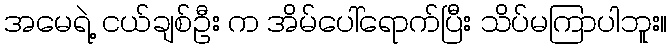
အမေရဲ့ ငယ်ချစ်ဦး က အိမ်ပေါ်ရောက်ပြီး သိပ်မကြာပါဘူး။